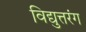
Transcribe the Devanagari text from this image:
विद्युत्तरंग